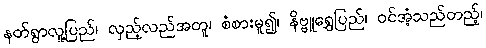
နတ်ရွာလူ့ပြည်၊ လှည့်လည်အတူ၊ စံစားမူ၍၊ နိဗ္ဗူရွှေပြည်၊ ဝင်အံ့သည်တည့်၊